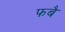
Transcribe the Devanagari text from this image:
फबै